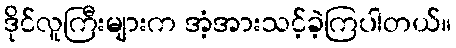
ဒိုင်လူကြီးများက အံ့အားသင့်ခဲ့ကြပါတယ်။